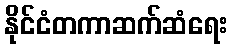
နိုင်ငံတကာဆက်ဆံရေး